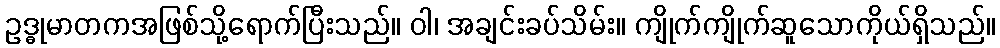
ဥဒ္ဓုမာတကအဖြစ်သို့ရောက်ပြီးသည်။ ဝါ၊ အချင်းခပ်သိမ်း။ ကျိုက်ကျိုက်ဆူသောကိုယ်ရှိသည်။